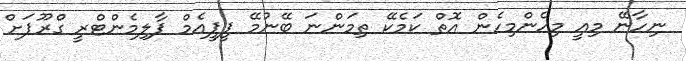
ނިހާނޭ މިއީ މިހެންމިހެން އޮތް ކަމެކޭ ތިމަންނަ ބޭނުމޭ ޕީޕީއެމް ޕާލިމެންޓްރީ ގްރޫޕަށް